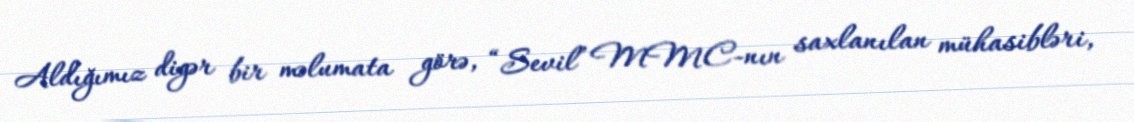
Aldığımız digər bir məlumata görə, “Sevil” MMC-nın saxlanılan mühasibləri,